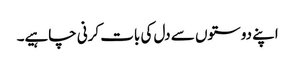
اپنے دوستوں سے دل کی بات کرنی چاہیے۔